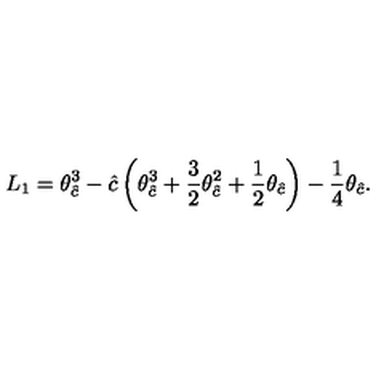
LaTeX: L _ { 1 } = \theta _ { \hat { c } } ^ { 3 } - { \hat { c } } \left( \theta _ { \hat { c } } ^ { 3 } + \frac { 3 } { 2 } \theta _ { \hat { c } } ^ { 2 } + \frac { 1 } { 2 } \theta _ { \hat { c } } \right) - \frac { 1 } { 4 } \theta _ { \hat { c } } .